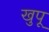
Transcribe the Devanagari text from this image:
खुपू